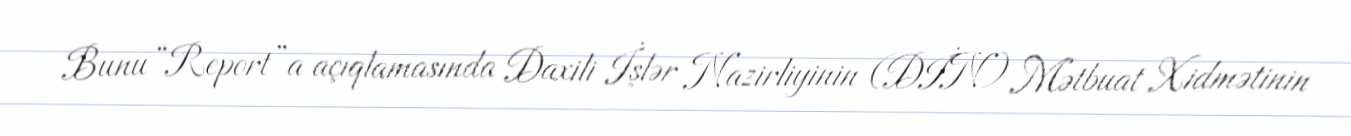
Bunu “Report”a açıqlamasında Daxili İşlər Nazirliyinin (DİN) Mətbuat Xidmətinin